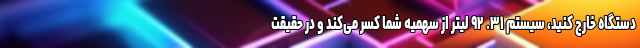
دستگاه خارج کنید، سیستم ۳۱. ۹۲ لیتر از سهمیه شما کسر می‌کند و در حقیقت